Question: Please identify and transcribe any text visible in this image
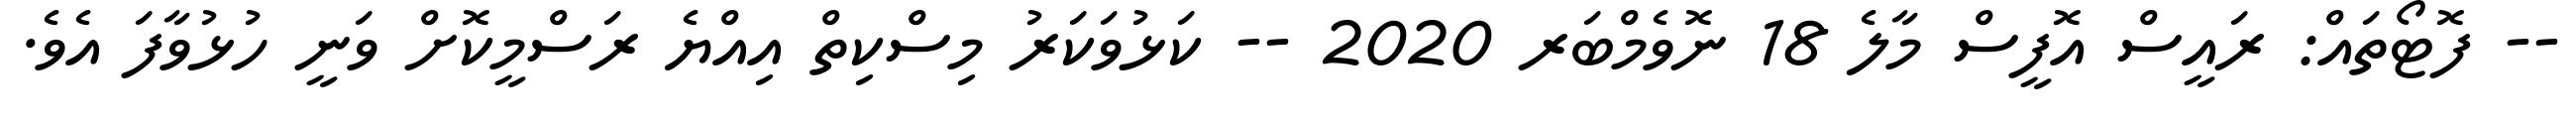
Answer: -- ފޮޓޯތައް: ރައީސް އޮފީސް މާލެ 18 ނޮވެމްބަރ 2020 -- ކަޅުވަކަރު މިސްކިތް އިއްޔެ ރަސްމީކޮށް ވަނީ ހުޅުވާފަ އެވެ.